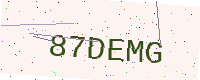
Text: 87DEMG